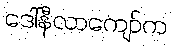
ဒေါ်နီလာကျော်က